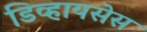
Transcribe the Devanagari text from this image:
डिव्हायसेस